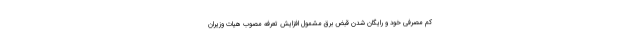
کم مصرفی خود و رایگان شدن قبض برق مشمول افزایش تعرفه مصوب هیات وزیران